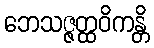
ဘေသဇ္ဇတ္ထဝိကန္တိ